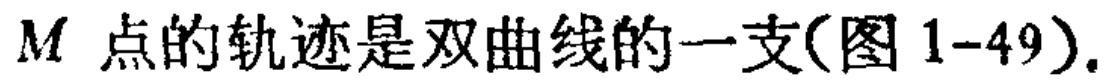
\(M\)点的轨迹是双曲线的一支(图1-49).